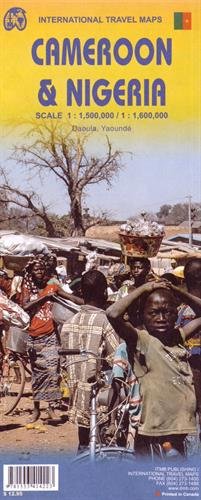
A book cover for Nigeria & Cameroon ITM Travel Map; ITMB Canada; Travel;